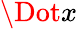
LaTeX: \Dot{x}